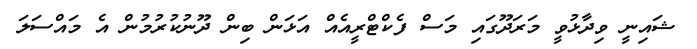
ޝައިނީ ވިދާޅުވީ މަރަދޫގައި މަސް ފެކްޓްރީއެއް އަޅަން ބިން ދޫނުކުރުމުން އެ މައްސަލަ